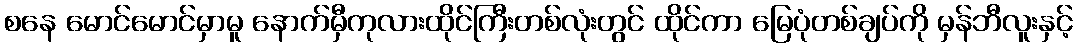
စနေ မောင်မောင်မှာမူ နောက်မှီကုလားထိုင်ကြီးတစ်လုံးတွင် ထိုင်ကာ မြေပုံတစ်ချပ်ကို မှန်ဘီလူးနှင့်